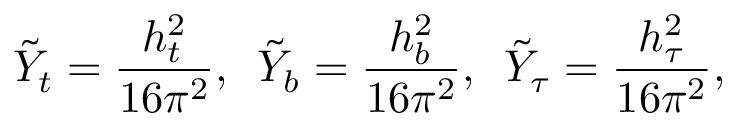
\tilde { Y } _ { t } = { \frac { h _ { t } ^ { 2 } } { 1 6 { \pi } ^ { 2 } } } , \, \, \, \tilde { Y } _ { b } = { \frac { h _ { b } ^ { 2 } } { 1 6 { \pi } ^ { 2 } } } , \, \, \, \tilde { Y } _ { \tau } = { \frac { h _ { \tau } ^ { 2 } } { 1 6 { \pi } ^ { 2 } } } ,